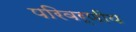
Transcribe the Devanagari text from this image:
परिवर्णीय